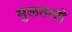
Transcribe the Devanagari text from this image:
मुलतत्वो